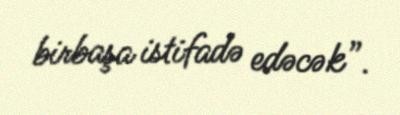
birbaşa istifadə edəcək”.